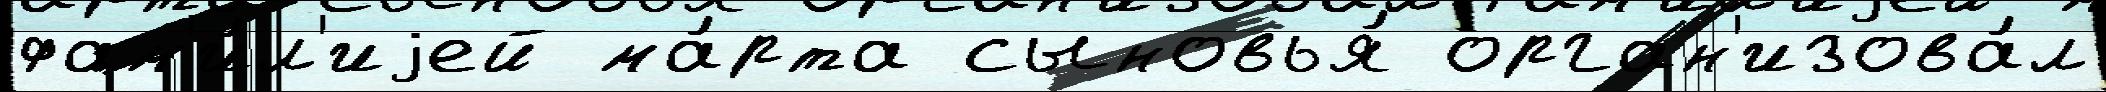
фам'и́л'иjей ма́рта сыновья́ орган'изова́л